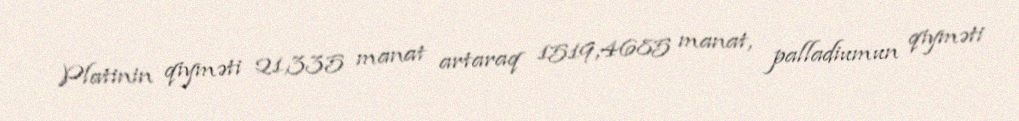
Platinin qiyməti 21,335 manat artaraq 1519,4685 manat, palladiumun qiyməti